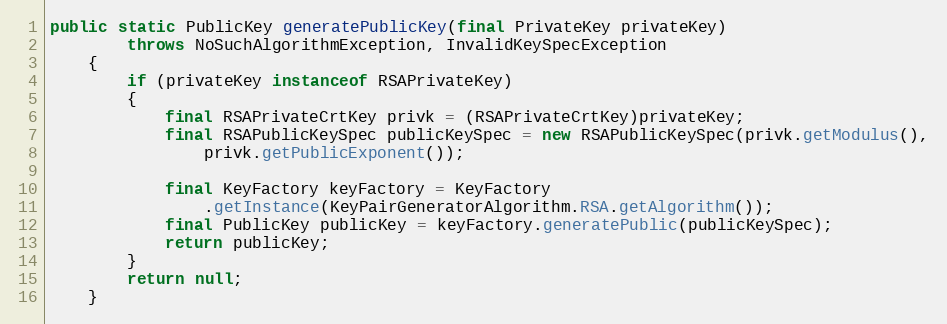
Language: Java
public static PublicKey generatePublicKey(final PrivateKey privateKey)
		throws NoSuchAlgorithmException, InvalidKeySpecException
	{
		if (privateKey instanceof RSAPrivateKey)
		{
			final RSAPrivateCrtKey privk = (RSAPrivateCrtKey)privateKey;
			final RSAPublicKeySpec publicKeySpec = new RSAPublicKeySpec(privk.getModulus(),
				privk.getPublicExponent());

			final KeyFactory keyFactory = KeyFactory
				.getInstance(KeyPairGeneratorAlgorithm.RSA.getAlgorithm());
			final PublicKey publicKey = keyFactory.generatePublic(publicKeySpec);
			return publicKey;
		}
		return null;
	}